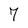
Character: 7